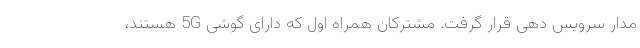
مدار سرویس دهی قرار گرفت. مشترکان همراه اول که دارای گوشی 5G هستند،